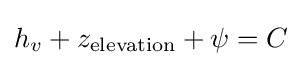
h_{v}+z_{\text{elevation}}+\psi =C